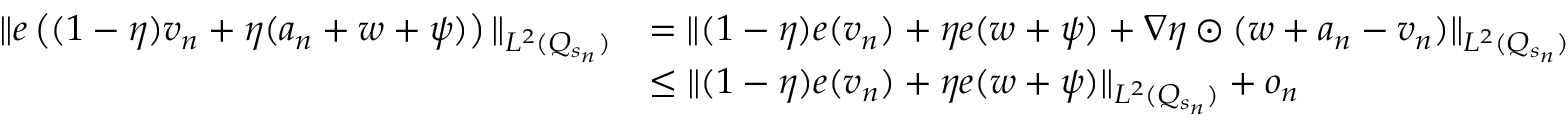
\begin{array} { r l } { \Vert e \left( ( 1 - \eta ) v _ { n } + \eta ( a _ { n } + w + \psi ) \right) \Vert _ { L ^ { 2 } ( Q _ { s _ { n } } ) } } & { = \Vert ( 1 - \eta ) e ( v _ { n } ) + \eta e ( w + \psi ) + \nabla \eta \odot ( w + a _ { n } - v _ { n } ) \Vert _ { L ^ { 2 } ( Q _ { s _ { n } } ) } } \\ & { \leq \Vert ( 1 - \eta ) e ( v _ { n } ) + \eta e ( w + \psi ) \Vert _ { L ^ { 2 } ( Q _ { s _ { n } } ) } + o _ { n } } \end{array}